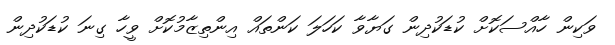
ވަކިން ހާއްސަކޮށް ކުޑަކުދިން ގަޔާވާ ކަހަލަ ކަންތައް އިންތިޒާމުކޮށް ވީހާ ގިނަ ކުޑަކުދިން